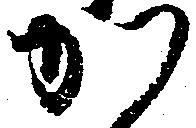
か